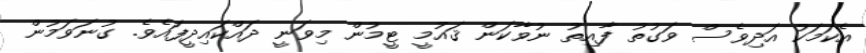
އެކަމަކު އަދިވެސް ވަގުތު ފާއިތު ނުވާކަން ޤައުމީ ޓީމުން މިވަނީ ދައްކައިދީފައެވެ. ގުނަވަމުން